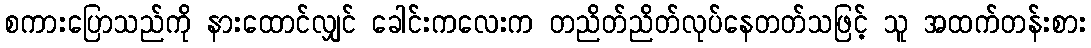
စကားပြောသည်ကို နားထောင်လျှင် ခေါင်းကလေးက တညိတ်ညိတ်လုပ်နေတတ်သဖြင့် သူ အထက်တန်းစား